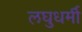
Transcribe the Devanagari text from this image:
लघुधर्मी